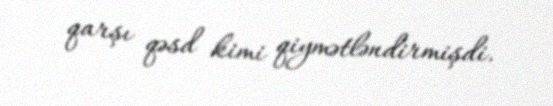
qarşı qəsd kimi qiymətləndirmişdi.